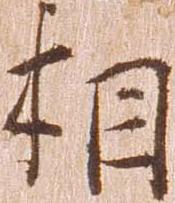
相